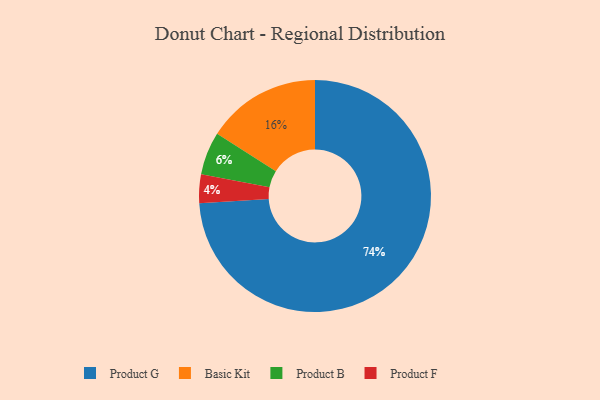
{"axis": {"x": "Category", "y": "Percentage"}, "legend": ["Basic Kit", "Product B", "Product F", "Product G"], "data": [{"x": "Product G", "y": 74, "type": "Product G"}, {"x": "Product F", "y": 4, "type": "Product F"}, {"x": "Basic Kit", "y": 16, "type": "Basic Kit"}, {"x": "Product B", "y": 6, "type": "Product B"}]}